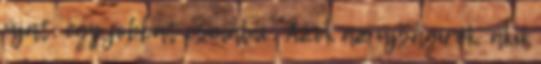
újat, egy jobbat csinálni . Azok az újságí­rók, akik